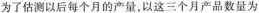
为了估测以后每个月的产量，以这三个月产品数量为